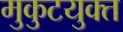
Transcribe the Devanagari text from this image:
मुकुटयुक्त